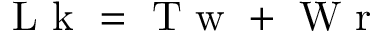
\mathrm { ~ L ~ k ~ } = \mathrm { ~ T ~ w ~ } + \mathrm { ~ W ~ r ~ }